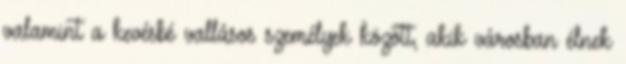
valamint a kevésbé vallásos személyek között, akik városban élnek